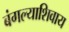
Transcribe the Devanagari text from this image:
बंगल्याशिवाय